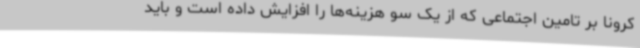
کرونا بر تامین اجتماعی که از یک سو هزینه‌ها را افزایش داده است و باید